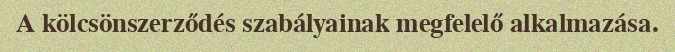
A kölcsönszerződés szabályainak megfelelő alkalmazása.